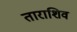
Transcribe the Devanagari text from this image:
ताराशिव